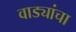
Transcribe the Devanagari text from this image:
वाड्यांचा